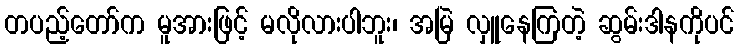
တပည့်တော်က မူအားဖြင့် မလိုလားပါဘူး၊ အမြဲ လှူနေကြတဲ့ ဆွမ်းဒါနကိုပင်